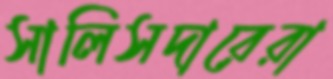
সালিসদারেরা